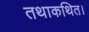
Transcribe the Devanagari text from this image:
तथाकथित।